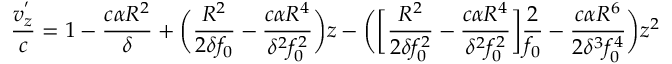
\frac { v _ { z } ^ { ' } } { c } = 1 - \frac { c \alpha R ^ { 2 } } { \delta } + \bigg ( \frac { R ^ { 2 } } { 2 \delta f _ { 0 } } - \frac { c \alpha R ^ { 4 } } { \delta ^ { 2 } f _ { 0 } ^ { 2 } } \bigg ) z - \bigg ( \bigg [ \frac { R ^ { 2 } } { 2 \delta f _ { 0 } ^ { 2 } } - \frac { c \alpha R ^ { 4 } } { \delta ^ { 2 } f _ { 0 } ^ { 2 } } \bigg ] \frac { 2 } { f _ { 0 } } - \frac { c \alpha R ^ { 6 } } { 2 \delta ^ { 3 } f _ { 0 } ^ { 4 } } \bigg ) z ^ { 2 }